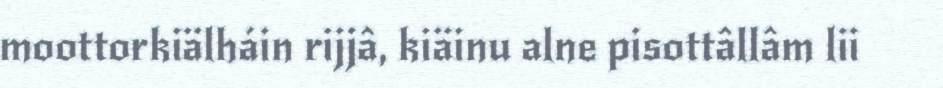
moottorkiälháin rijjâ, kiäinu alne pisottâllâm lii